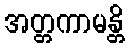
အတ္တကာမန္တိ